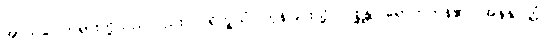
အာသဝေါတရားတို့သည်လည်း။ ပရိက္ခယံ၊ ကုန်ခြင်းသို့။ ဂစ္ဆန္တိ၊ ရောက်ကုန်၏။ အနနုပ္ပတ္တံ၊